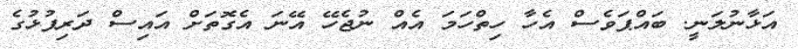
އަޅާނުލަނީ. ބައްޕަވެސް އެހާ ހިތްހަމަ އެއް ނުޖެހޭ އޭނަ އެގޮތަށް އައިސް ދަރިފުޅުގެ